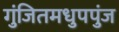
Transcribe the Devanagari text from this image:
गुंजितमधुपपुंज